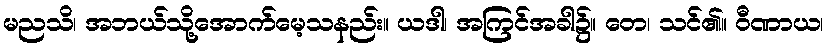
မညသိ၊ အဘယ်သို့အောက်မေ့သနည်း။ ယဒါ၊ အကြင်အခါ၌။ တေ၊ သင်၏။ ဝီဏာယ၊